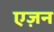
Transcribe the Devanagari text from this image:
एज़न